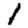
Digit: 1